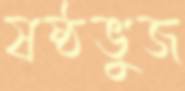
ষষ্ঠভুজ